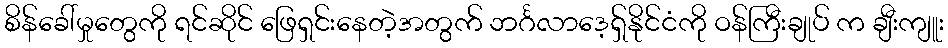
စိန်ခေါ်မှုတွေကို ရင်ဆိုင် ဖြေရှင်းနေတဲ့အတွက် ဘင်္ဂလာဒေ့ရှ်နိုင်ငံကို ဝန်ကြီးချုပ် က ချီးကျူး